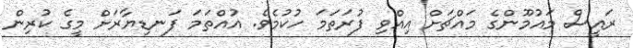
ރައީސް މައުމޫންގެ މައްޗަށް އިއްވި ފުރަތަމަ ހުކުމެވެ. އުއްތަމަ ފަނޑިޔާރަށް މީގެ ކުރިން